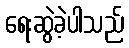
ရေးဆွဲခဲ့ပါသည်